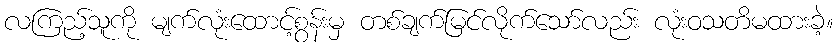
လကြည့်သူကို မျက်လုံးထောင့်စွန်းမှ တစ်ချက်မြင်လိုက်သော်လည်း လုံးဝသတိမထားခဲ့။